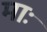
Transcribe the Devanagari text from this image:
माः